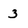
Character: 3